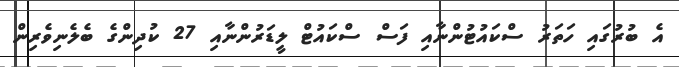
އެ ބުރުގައި ހަތަރު ސްކައުޓުންނާއި ފަސް ސްކައުޓް ލީޑަރުންނާއި 27 ކުދިންގެ ބެލެނިވެރިން